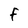
Character: F